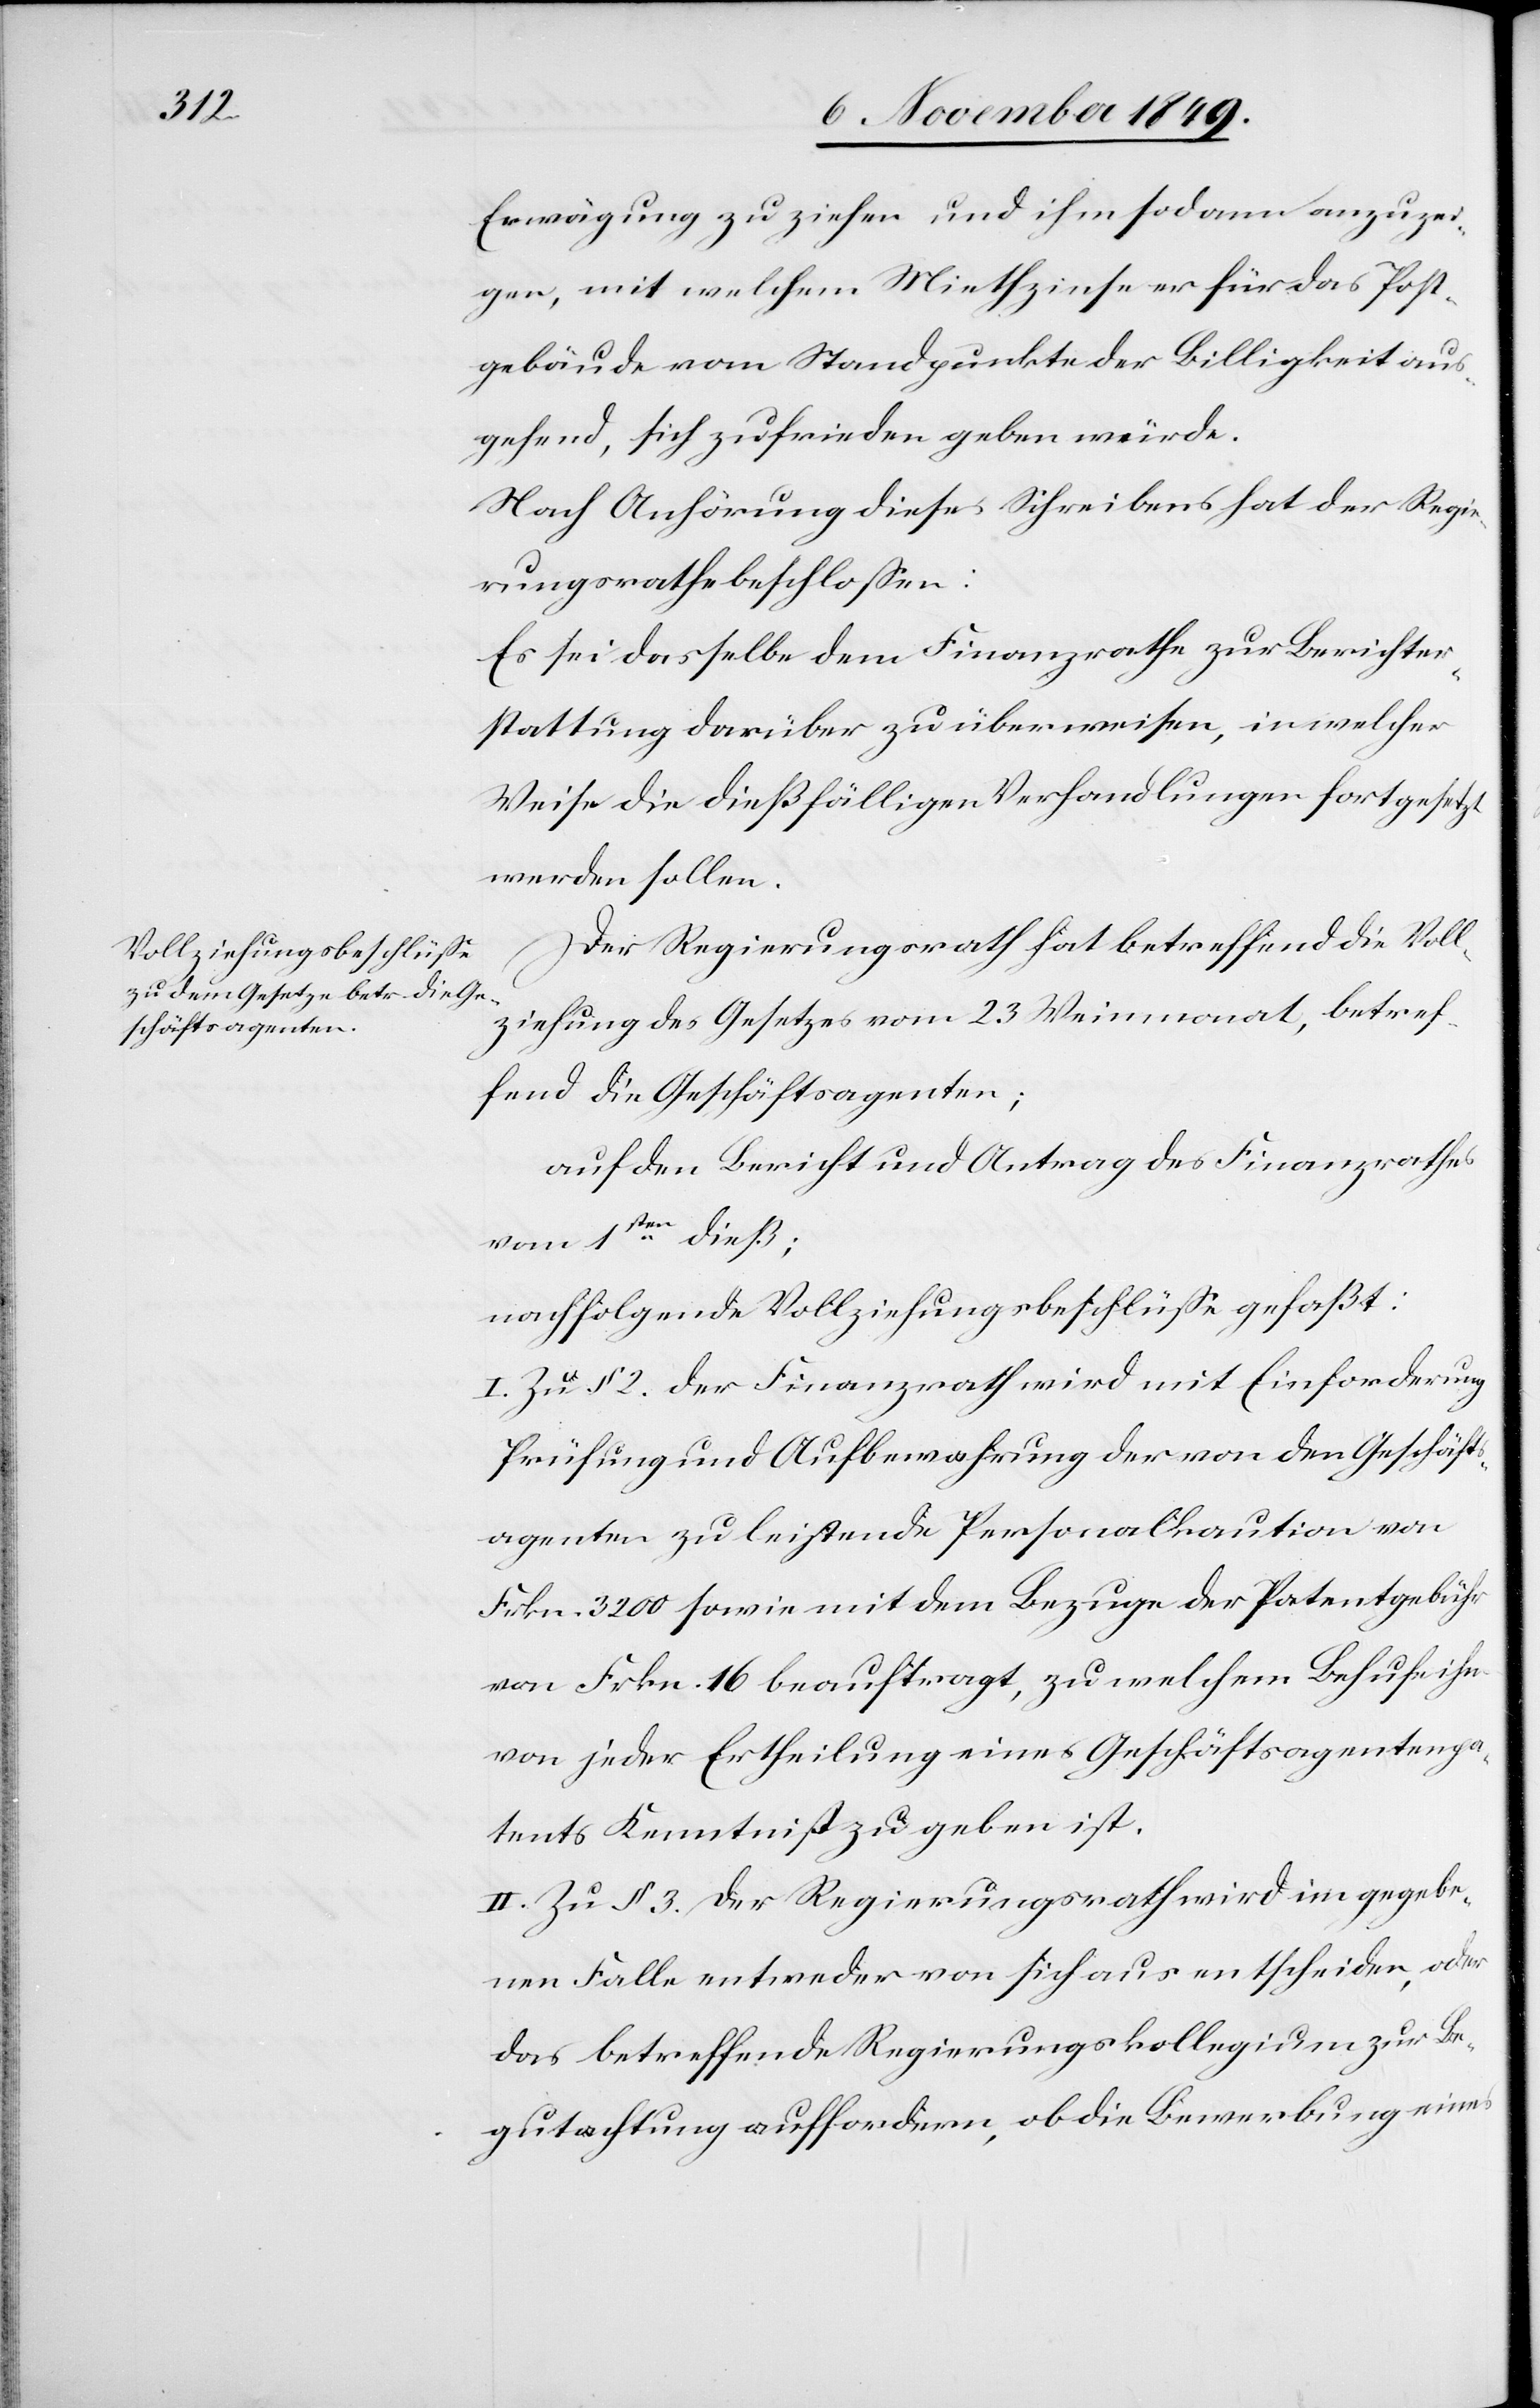
Erwägung zu ziehen und ihm sodann anzuzei¬
gen, mit welchem Miethzinse er für das Post¬
gebäude vom Standpunkte der Billigkeit aus¬
gehend, sich zufrieden geben würde.
Nach Anhörung dieses Schreibens hat der Regie¬
rungsrath beschloßen:
Es sei dasselbe dem Finanzrathe zur Berichter¬
stattung darüber zu überweisen, in welcher
Weise die dießfälligen Verhandlungen fortgesetzt
werden sollen.
Der Regierungsrath hat betreffend die Voll¬
ziehung des Gesetzes vom 23 Weinmonat, betref¬
fend die Geschäftsagenten;
auf den Bericht und Antrag des Finanzrathes
vom 1sten dieß;
nachfolgende Vollziehungsbeschlüße gefaßt:
I. Zu § 2. der Finanzrath wird mit Einforderung
Prüfung und Aufbewahrung der von den Geschäfts¬
agenten zu leistende Personalkaution von
Frkn. 3200 sowie mit dem Bezug der Patentgebühr
von Frkn. 16 beauftragt, zu welchem Behufe ihm
von jeder Ertheilung eines Geschäftsagentenpa¬
tents Kenntniß zu geben ist.
II. Zu § 3. der Regierungsrath wird im gegebe¬
nen Falle entweder von sich aus entscheiden, oder
das betreffende Regierungskollegium zur Be¬
gutachtung auffordern, ob die Bewerbung eines